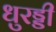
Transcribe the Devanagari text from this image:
धुरड्डी